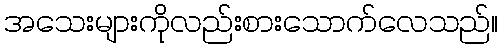
အသေးများကိုလည်းစားသောက်လေသည်။